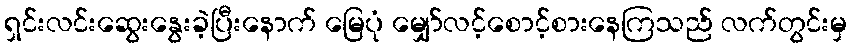
ရှင်းလင်းဆွေးနွေးခဲ့ပြီးနောက် မြေပုံ မျှော်လင့်စောင့်စားနေကြသည် လက်တွင်းမှ